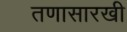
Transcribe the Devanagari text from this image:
तणासारखी